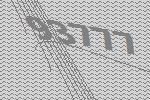
93777